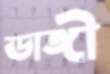
ডাঙ্গী